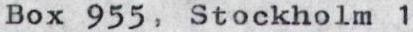
Box 955, Stockholm 1